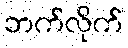
ဘက်လိုက်